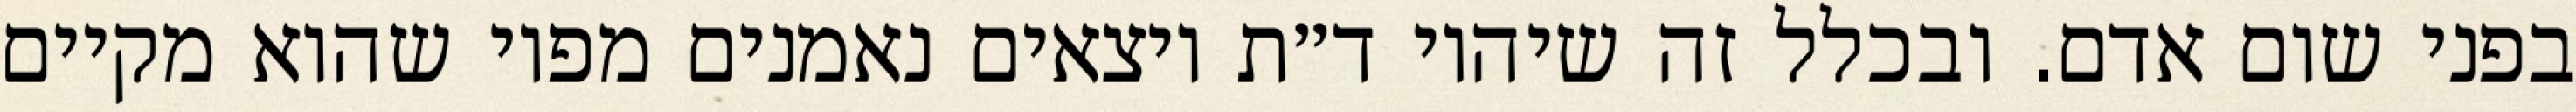
בפני שום אדם. ובכלל זה שיהיו ד״ת יוצאים נאמנים מפיו שהוא מקיים